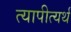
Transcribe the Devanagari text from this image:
त्यापीत्यर्थ